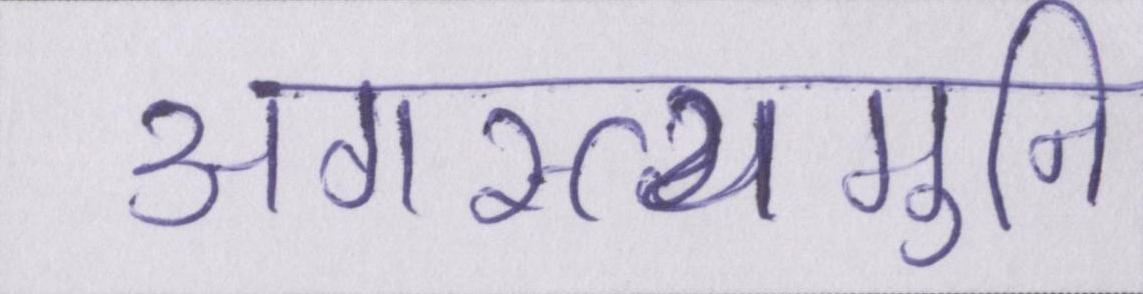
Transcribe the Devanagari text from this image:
अगस्त्यमुनि